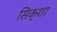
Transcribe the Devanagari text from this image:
सिक्शा